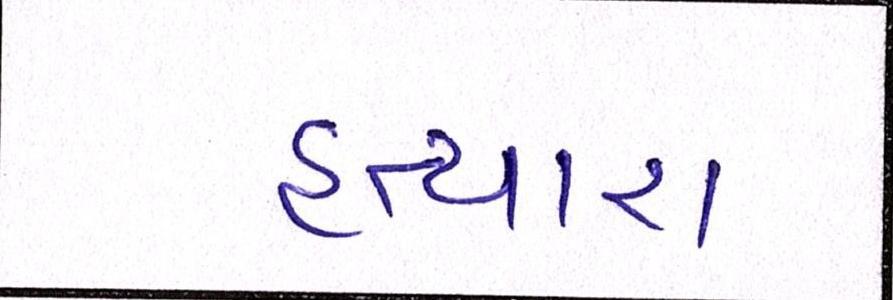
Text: હત્યારા